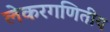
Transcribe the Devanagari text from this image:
लेकरगणितीय